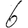
Digit: 6